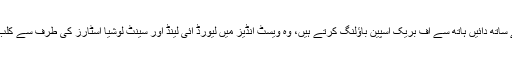
رحکیم کارنوال بیٹنگ کے ساتھ دائیں ہاتھ سے آف بریک اسپین باؤلنگ کرتے ہیں، وہ ویسٹ انڈیز میں لیورڈ آئی لینڈ اور سینٹ لوشیا اسٹارز کی طرف سے کلب کرکٹ کھیلتے رہے ہیں۔